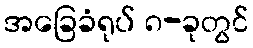
အခြေခံရုပ် ၈-ခုတွင်